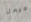
فيصل